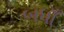
બધાઁ